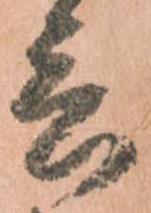
言